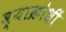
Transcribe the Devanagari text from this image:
व्याक्रोशीं